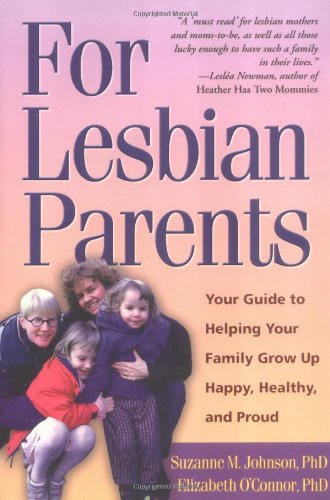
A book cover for For Lesbian Parents: Your Guide to Helping Your Family Grow Up Happy, Healthy, and Proud; Suzanne M. Johnson Phd; Gay & Lesbian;